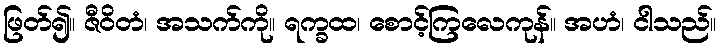
ဖြတ်၍။ ဇီဝိတံ၊ အသက်ကို။ ရက္ခထ၊ စောင့်ကြလေကုန်။ အဟံ၊ ငါသည်။